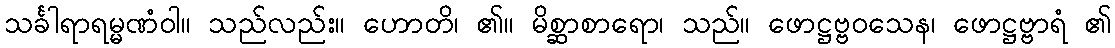
သင်္ခါရာရမ္မဏံဝါ။ သည်လည်း။ ဟောတိ၊ ၏။ မိစ္ဆာစာရော၊ သည်။ ဖောဋ္ဌဗ္ဗဝသေန၊ ဖောဋ္ဌဗ္ဗာရံ ၏